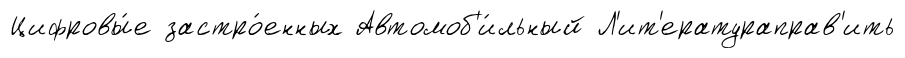
Цифровы́е застро́енных Автомоб'и́льный Л'ит'ератураправ'ить